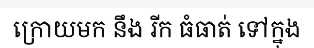
ក្រោយមក នឹង រីក ធំធាត់ ទៅក្នុង